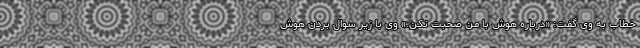
خطاب به وی گفت: «درباره هوش با من صحبت نکن.» وی با زیر سوال بردن هوش